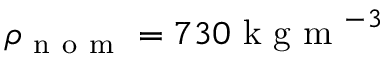
\rho _ { \mathrm { ~ n ~ o ~ m ~ } } = 7 3 0 \mathrm { ~ k ~ g ~ m ~ } ^ { - 3 }